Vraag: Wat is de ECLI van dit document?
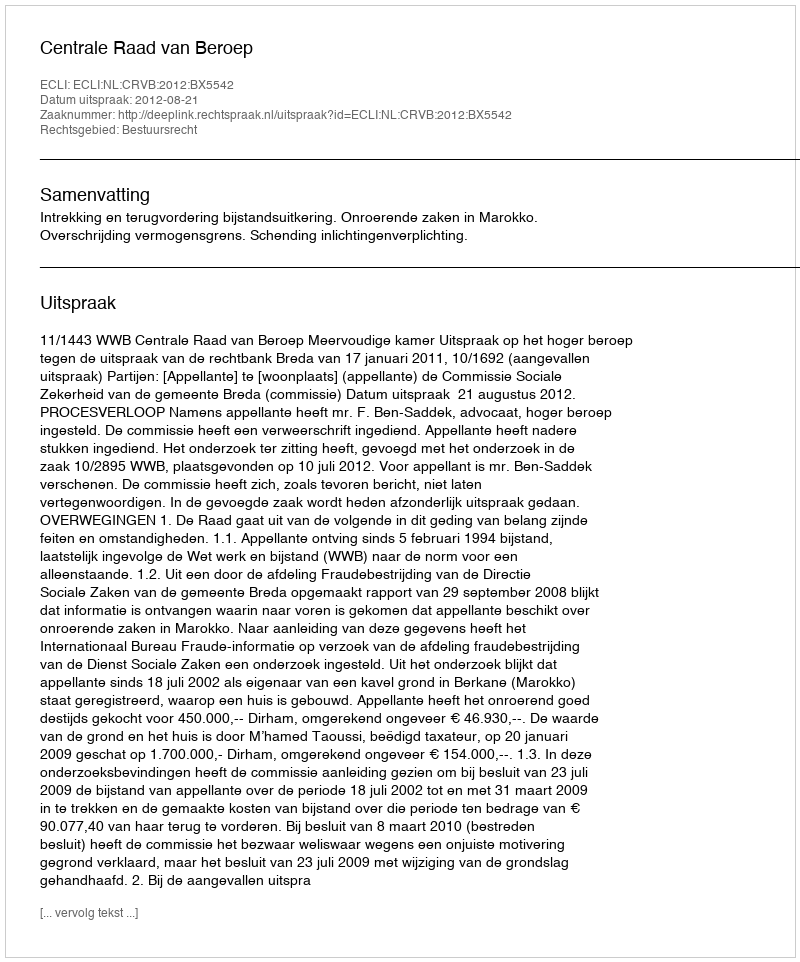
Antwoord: ECLI:NL:CRVB:2012:BX5542